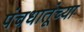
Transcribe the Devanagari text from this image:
पंचधातूंच्या